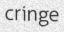
cringe